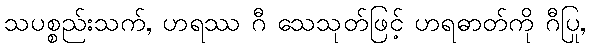
သပစ္စည်းသက်, ဟရဿ ဂီ သေသုတ်ဖြင့် ဟရဓာတ်ကို ဂီပြု,